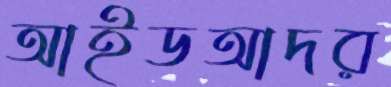
আইডআদর